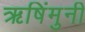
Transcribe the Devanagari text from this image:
ऋषिंमुनी